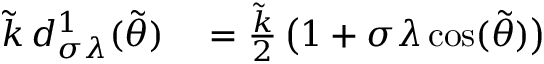
\begin{array} { r l } { \tilde { k } \, d _ { \sigma \lambda } ^ { 1 } ( \tilde { \theta } ) } & { { } = \frac { \tilde { k } } { 2 } \, \big ( 1 + \sigma \lambda \cos ( \tilde { \theta } ) \big ) } \end{array}